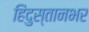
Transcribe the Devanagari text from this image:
हिंदुस्तानभर